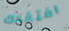
افتقدك